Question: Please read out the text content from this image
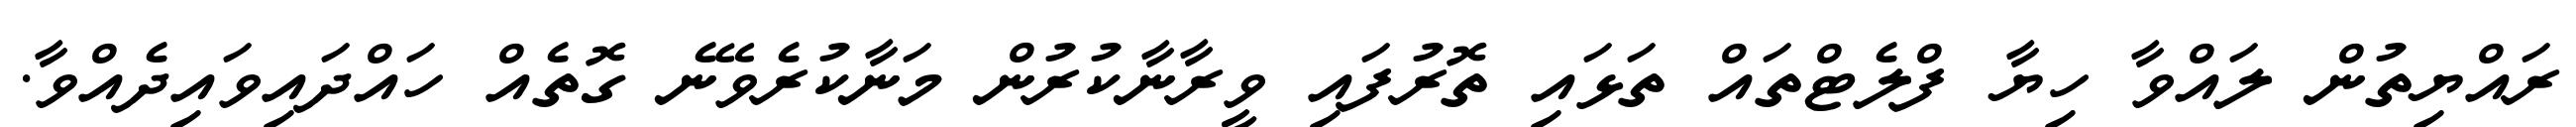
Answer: ރައްޔިތުން ލައްވާ ހިޔާ ފްލެޓްތައް ތަޅައި ތޮރުފައި ވީރާނާކުރުން މަނާކުރެވޭނެ ގޮތެއް ހައްދައިވައިދެއްވާ.